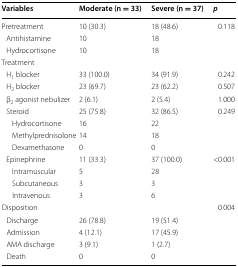
| Variables | Moderate (n = 33) | Severe (n = 37) | p |
 | --- | --- | --- | --- |
 | Pretreatment | 10 (30.3) | 18 (48.6) | 0.118 |
 | Antihistamine | 10 | 18 |  |
 | Hydrocortisone | 10 | 18 |  |
 | <COLSPAN=4> Treatment |
 | H1 blocker | 33 (100.0) | 34 (91.9) | 0.242 |
 | H2 blocker | 23 (69.7) | 23 (62.2) | 0.507 |
 | β2 agonist nebulizer | 2 (6.1) | 2 (5.4) | 1.000 |
 | Steroid | 25 (75.8) | 32 (86.5) | 0.249 |
 | Hydrocortisone | 16 | 22 |  |
 | Methylprednisolone | 14 | 18 |  |
 | Dexamethasone | 0 | 0 |  |
 | Epinephrine | 11 (33.3) | 37 (100.0) | <0.001 |
 | Intramuscular | 5 | 28 |  |
 | Subcutaneous | 3 | 3 |  |
 | Intravenous | 3 | 6 |  |
 | Disposition |  |  | 0.004 |
 | Discharge | 26 (78.8) | 19 (51.4) |  |
 | Admission | 4 (12.1) | 17 (45.9) |  |
 | AMA discharge | 3 (9.1) | 1 (2.7) |  |
 | Death | 0 | 0 |  |